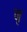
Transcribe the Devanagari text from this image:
नृ